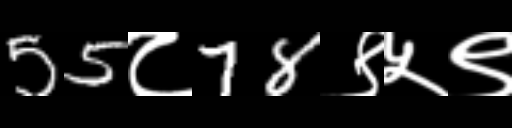
Text: 55८78९५९